Indian journal of veterinary science and animal husbandry - Volumes 15-17, 1948-1951
Year: 1948
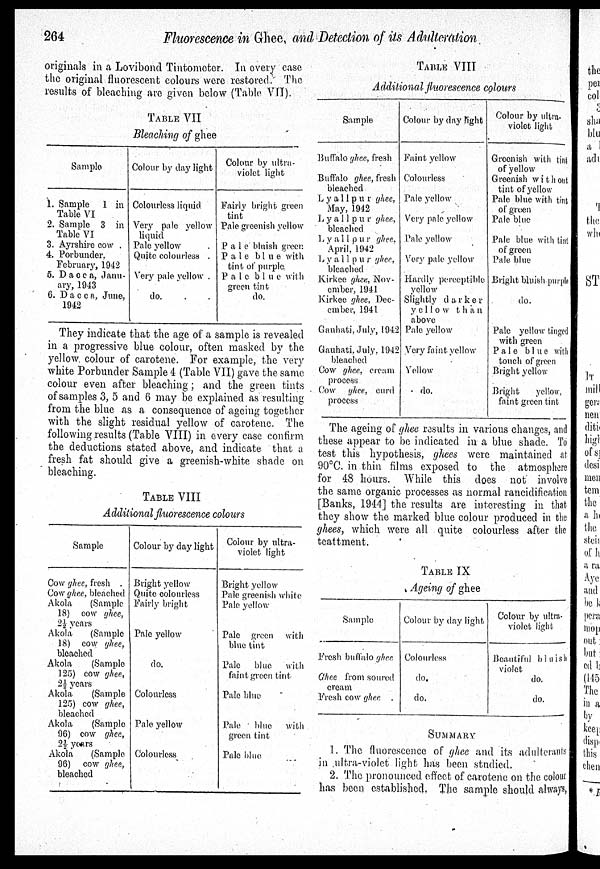
264
Fluorescence in Ghee, and Detection of its Adulteration
originals in a Lovibond Tintometer. In every case
the original fluorescent colours were restored. The
results of bleaching are given below (Table VII).
TABLE VII
Bleaching of ghee
Sample
1. Sample
1 in
Table VI
2. Sample 3 in
Table VI
3. Ayrshire cow .
4. Porbunder.
February, 1942
5. Dacca, Janu-
ary, 1943
6. Dacc a, June,
1942
Colour by day light
Colourless liquid
Very pale yellow
liquid
Pale yellow .
Quite colourless .
Very pale yellow .
do. . .
Colour by ultra-
violet light
Fairly bright green
tint
Pale greenish yellow
Pa1e bluish green
Pale blue with
tint of purple
Pale blue with
green tint
do.
They indicate that the age of a sample is revealed
in a progressive blue colour, often masked by the
yellow colour of carotene. For example, the very
white Porbunder Sample 4 (Table VII) gave the same
colour even after bleaching; and the green tints
of samples 3, 5 and 6 may be explained as resulting
from the blue as a consequence of ageing together
with the slight residual yellow of carotene. The
following results (Table VIII) in every case confirm
the deductions stated above, and indicate that a
fresh fat should give a greenish-white shade on
bleaching.
TABLE VIII
Additional fluorescence colours
Sample
Cow ghee, fresh .
Cow ghee, bleached
Akola
(Sample
18) cow ghee,
2½ years
Akola
(Sample
18) cow ghee,
bleached
Akola
(Sample
125) cow ghee,
2½ years
Akola
(Sample
125) cow ghee,
bleached
Akola
(Sample
96) cow ghee,
2½ yours
Akola
(Sample
96) cow ghee,
bleached
Colour by day light
Bright yellow
Quite colourless
Fairly bright
Pale yellow
do.
Colourless
Pale yellow
Colourless
Colour by ultra-
violet light
Bright yellow
Pale greenish white
Pale yellow
Pale green with
blue tint
Pale
blue
with
faint green tint
Pale blue
Pale
blue with
green tint
Pale blue
TABLE VIII
Additional fluorescence colours
Sample
Buffalo ghee, fresh
Buffalo ghee., fresh
bleached
Lyallpur ghee,
May, 1942
Lyallpur ghee,
bleached
Lyallpur ghee,
April, 1942
Lyallpur ghee,
bleached
Kirkee ghee, Nov-
ember, 1941
Kirkee ghee, Dec-
ember, 1941
Gauhati, July, 1942
Gauhati, July, 1942
bleached
Cow ghee, cream
process
Cow ghee, curd
process
Colour by day right
Faint yellow
Colourless
Pale yellow
Very pale yellow
Pale yellow
Very pale yellow
Hardly perceptible
yellow
Slightly darker
yellow than
above
Pale yellow
Very faint yellow
Yellow
do.
Colour by ultra-
violet light
Greenish with tint
of yellow
Greenish without
tint of yellow
Pale blue with tint
of green
Pale blue
Pale blue with tint
of green
Pale blue
Blight bluish purple
do.
Pale yellow tinged
with green
Pale blue with
touch of green
Bright yellow
Bright
yellow,
faint green tint
The ageing of ghee results in various changes, and
these appear to be indicated in a blue shade. To
test this hypothesis, ghees were maintained at
90°C. in thin films exposed to the atmosphere
for 48 hours. While this does not involve
the same organic processes as normal rancidification
[Banks, 1944] the results are interesting in that
they show the marked blue colour produced in the
ghees, which were all quite colourless after the
teattment.
TABEL IX
Ageing of ghee
Sample
Fresh buffalo ghee
Ghee from soured
cream
Fresh cow ghee
Colour by day light
Colourless
do.
do.
Colour by ultra-
violet light
Beautiful bluish
violet
do.
do.
SUMMARY
1. The fluorescence of ghee and its adulterants
in ultra-violet light has been studied.
2. The pronounced effect of carotene on the colour
has been established. The sample should always,